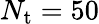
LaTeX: N_{\mathrm{t}}=50